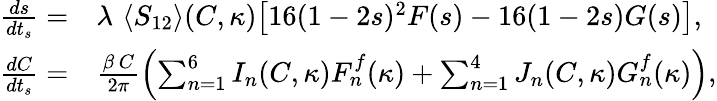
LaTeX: \begin{array}{rl}{\frac{ds}{dt_{s}}=}&{\lambda\, \, \langle S_{12}\rangle(C,\kappa)\big[16(1-2s)^{2}F(s)-16(1-2s)G(s)\big],\, }\\ {\frac{dC}{dt_{s}}=}&{\frac{\beta\, C}{2\pi}\left(\sum_{n=1}^{6}I_{n}(C,\kappa)F_{n}^{f}(\kappa)+\sum_{n=1}^{4}J_{n}(C,\kappa)G_{n}^{f}(\kappa)\right),}\end{array}